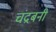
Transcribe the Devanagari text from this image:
चंद्रबनी